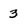
Character: 3